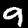
Digit: 9